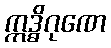
ဣဒ္ဓိဂုဏေ